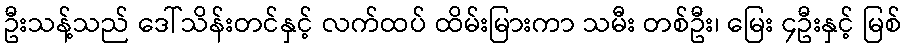
ဦးသန့်သည် ဒေါ်သိန်းတင်နှင့် လက်ထပ် ထိမ်းမြားကာ သမီး တစ်ဦး၊ မြေး ၄ဦးနှင့် မြစ်